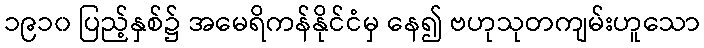
၁၉၁၀ ပြည့်နှစ်၌ အမေရိကန်နိုင်ငံမှ နေ၍ ဗဟုသုတကျမ်းဟူသော